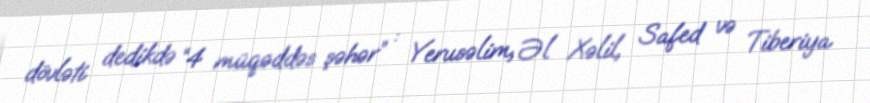
dövləti dedikdə “4 müqəddəs şəhər” : Yerusəlim, Əl Xəlil, Safed və Tiberiya